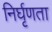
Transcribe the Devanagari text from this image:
निर्घृणता